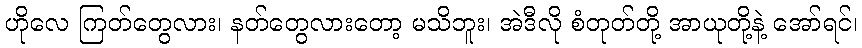
ဟိုလေ ကြတ်တွေလား၊ နတ်တွေလားတော့ မသိဘူး၊ အဲဒီလို စံတုတ်တို့ အာယုတို့နဲ့ အော်ရင်၊